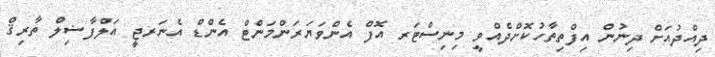
ދިއްދުއަށް ދިނުން އިފްތިތާހުކޮށްދެއްވީ މިނިސްޓަރ އޮފް އެންވަޔަރަންމަންޓް އެންޑް އެނަރޖީ އަލްފާޟިލް ތާރިޤް